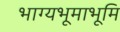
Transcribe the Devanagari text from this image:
भाग्यभूमाभूमि